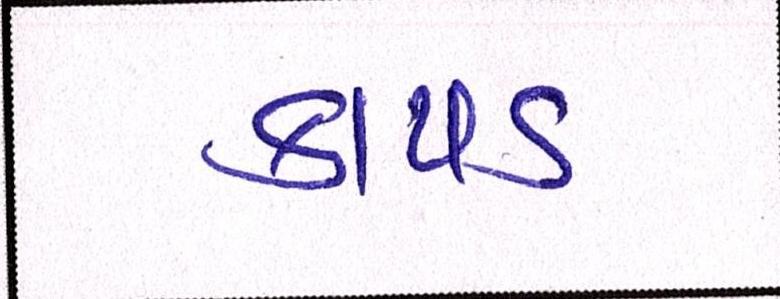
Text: કાપડ